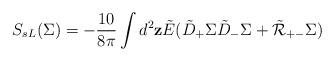
LaTeX: \begin{align*} S_{sL}(\Sigma) =-\frac{10}{8\pi}\int d^2{\bf z} \tilde E( \tilde D_+ \Sigma \tilde D_-\Sigma + \tilde {\cal R}_{+-} \Sigma)\end{align*}